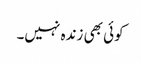
کوئی بھی زندہ نہیں۔